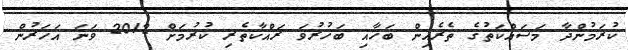
ކުރަމުންދާ މަސައްކަތުގެ ތެރެއިން ބަހާއި ބަހުރުވަ ރައްކާތެރި ކުރުމަށް 2012 ވަނަ އަހަރުން